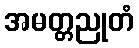
အမတ္တညုတံ